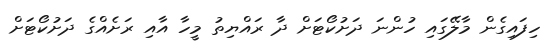
ހިފައިގެން މާލޭގައި ހުންނަ ދަށުކޯޓަށް ދާ ރައްޔިތު މީހާ އާއި ރަށެއްގެ ދަށުކޯޓަށް